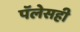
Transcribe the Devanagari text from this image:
पॅलेसही